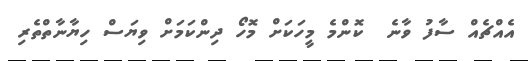
އެއްޗެއް ސާފު ވާނެ  ކޮންމެ މީހަކަށް މޮހޯ ދިންކަމަށް ވިޔަސް ހިޔާނާތްތެރި